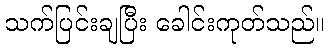
သက်ပြင်းချပြီး ခေါင်းကုတ်သည်။